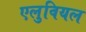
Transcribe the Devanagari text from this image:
एलुवियल